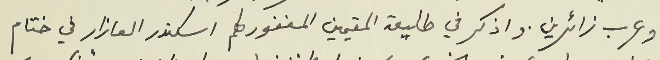
وعرب زائرين. واذكر في طليعة المقيمين المغفور لهم اسكندر العازار في ختام